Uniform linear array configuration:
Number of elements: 8
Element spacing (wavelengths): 1
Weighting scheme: uniform
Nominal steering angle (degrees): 30
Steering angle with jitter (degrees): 31.878
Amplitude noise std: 0.05
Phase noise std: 0.05

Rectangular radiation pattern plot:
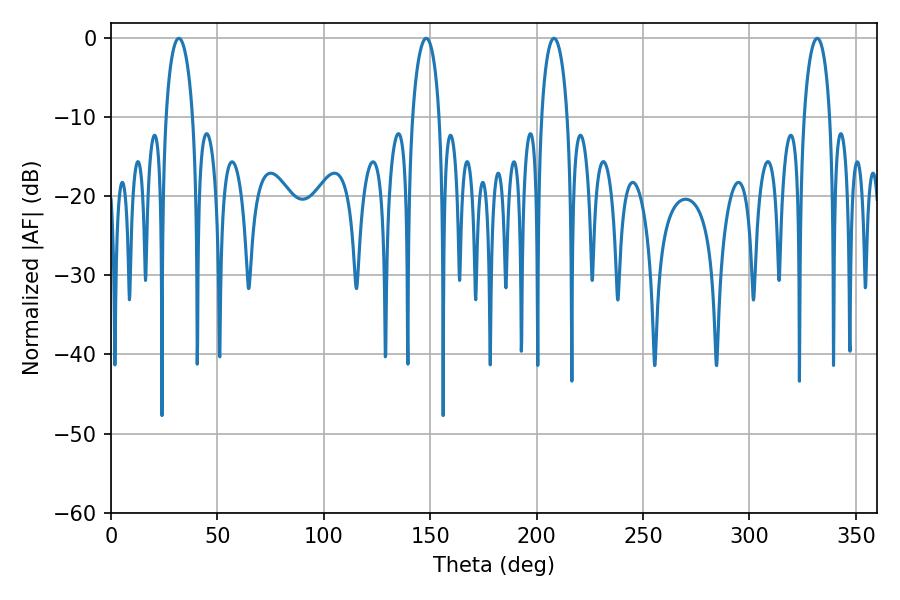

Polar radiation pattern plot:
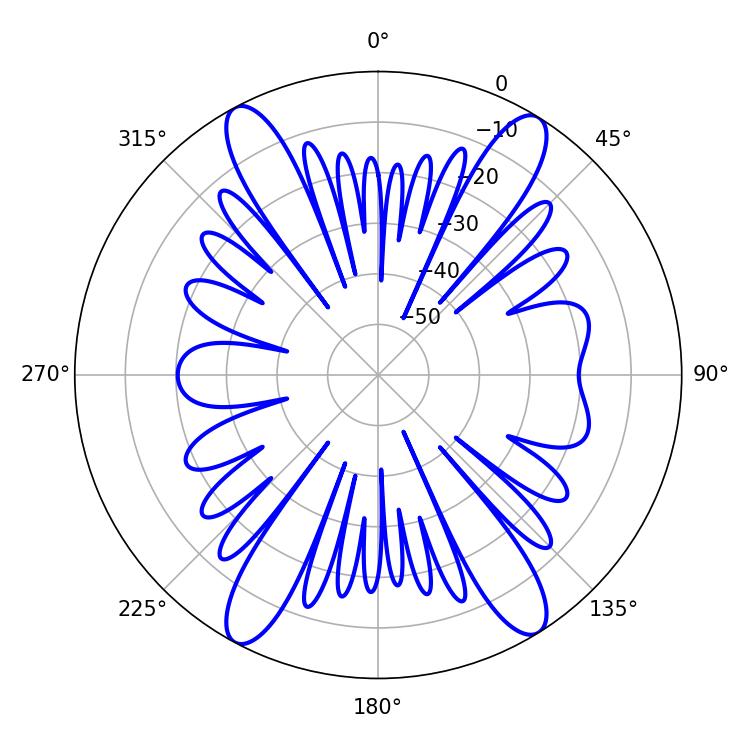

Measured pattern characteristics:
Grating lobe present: TRUE
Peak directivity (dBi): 18.714
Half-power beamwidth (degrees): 7.38
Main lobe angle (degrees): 31.86